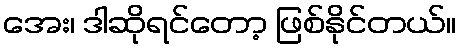
အေး၊ ဒါဆိုရင်တော့ ဖြစ်နိုင်တယ်။